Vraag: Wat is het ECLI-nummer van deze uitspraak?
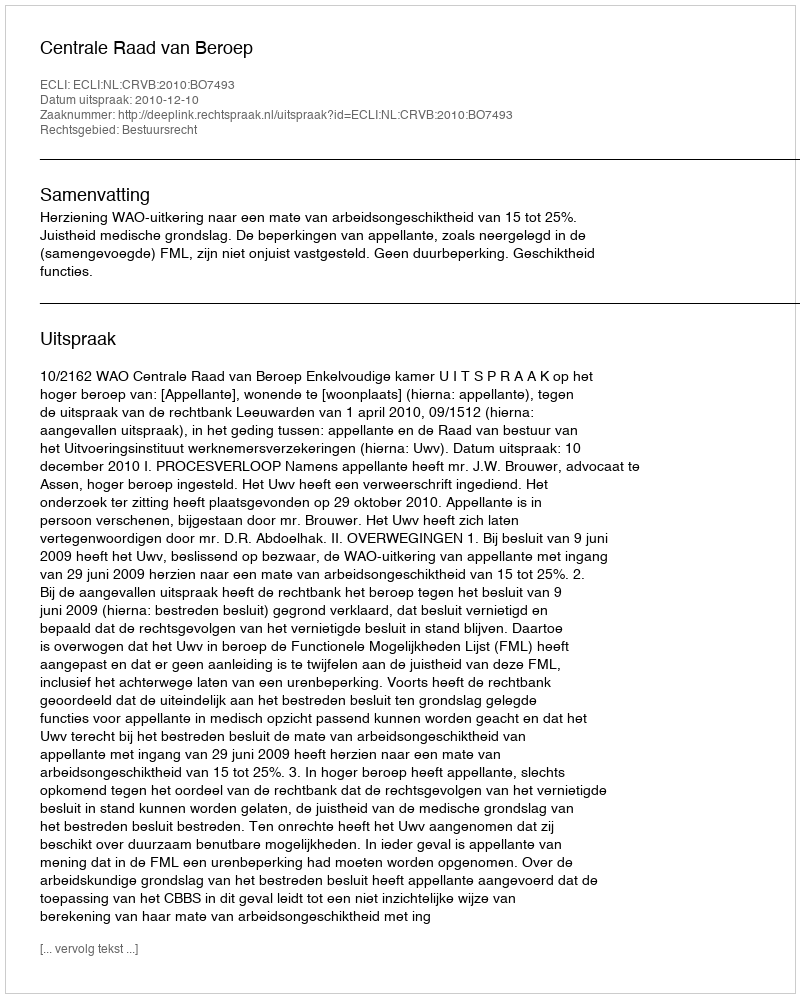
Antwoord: ECLI:NL:CRVB:2010:BO7493